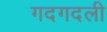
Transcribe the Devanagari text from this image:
गदगदली